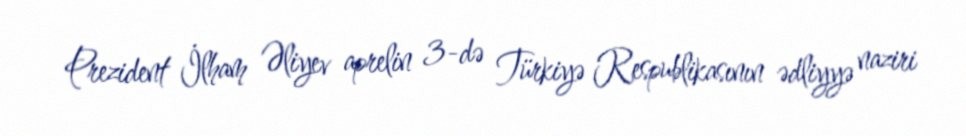
Prezident İlham Əliyev aprelin 3-də Türkiyə Respublikasının ədliyyə naziri